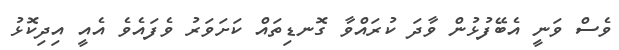
ވެސް ވަނީ އެބޭފުޅުން ވާދަ ކުރައްވާ ގޮނޑިތައް ކަށަވަރު ވެފައެވެ އެއީ އިދިކޮޅު